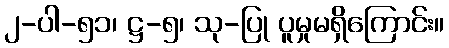
၂-ပါ-၅၁၊ ဋ္ဌ-၅၊ သု-ပြု ပူမှုမရှိကြောင်း။